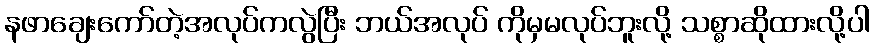
နဖာချေးကော်တဲ့အလုပ်ကလွဲပြီး ဘယ်အလုပ် ကိုမှမလုပ်ဘူးလို့ သစ္စာဆိုထားလို့ပါ